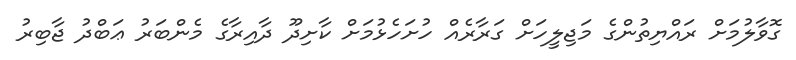
ގޮވާލުމަށް ރައްޔިތުންގެ މަޖިލީހަށް ގަރާރެއް ހުށަހެޅުމަށް ކާށިދޫ ދާއިރާގެ މެންބަރު ޢަބްދު ޖާބިރު